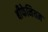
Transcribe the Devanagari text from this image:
बीफेनियम